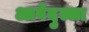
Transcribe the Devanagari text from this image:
आबेदुल्ला